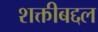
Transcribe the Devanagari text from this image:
शक्तीबद्दल